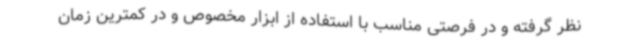
نظر گرفته و در فرصتی مناسب با استفاده از ابزار مخصوص و در کمترین زمان